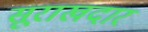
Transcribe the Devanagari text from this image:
सूराखदार